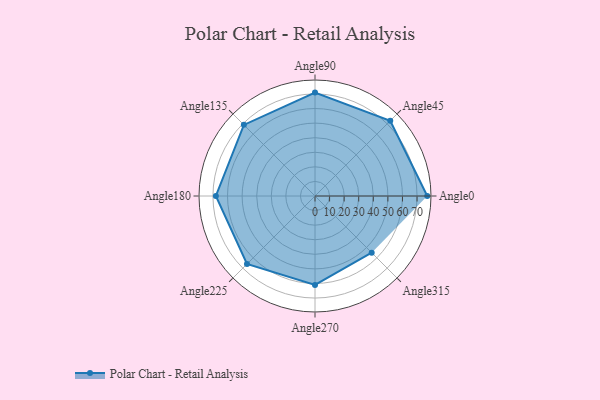
{"axis": {"x": "Angle", "y": "Radius"}, "legend": [""], "data": [{"x": "Angle0", "y": 77.0, "type": ""}, {"x": "Angle45", "y": 73.0, "type": ""}, {"x": "Angle90", "y": 71.0, "type": ""}, {"x": "Angle135", "y": 69.0, "type": ""}, {"x": "Angle180", "y": 68.0, "type": ""}, {"x": "Angle225", "y": 66.0, "type": ""}, {"x": "Angle270", "y": 61.0, "type": ""}, {"x": "Angle315", "y": 55.0, "type": ""}]}